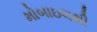
મોબાઇલથી